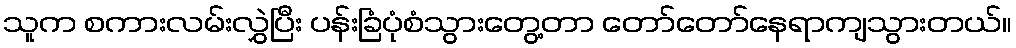
သူက စကားလမ်းလွှဲပြီး ပန်းခြံပုံစံသွားတွေ့တာ တော်တော်နေရာကျသွားတယ်။